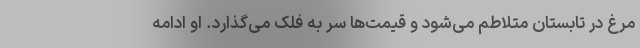
مرغ در تابستان متلاطم می‌شود و قیمت‌ها سر به فلک می‌گذارد. او ادامه